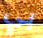
بي